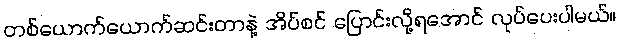
တစ်ယောက်ယောက်ဆင်းတာနဲ့ အိပ်စင် ပြောင်းလို့ရအောင် လုပ်ပေးပါမယ်။